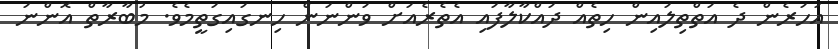
އަހަރެން ދެ އަތްތިލައިން ހިތެއް ދައްކާލާފައި އެތެރެއަށް ވަންނަން ހިނގައިގަތީމެވެ. މުބާރާތް އޮންނަ